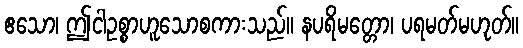
ဧသော၊ ဤငါဥစ္စာဟူသောစကားသည်။ နပရိမတ္တော၊ ပရမတ်မဟုတ်။